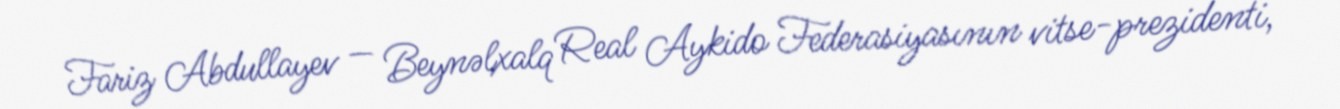
Fariz Abdullayev — Beynəlxalq Real Aykido Federasiyasının vitse-prezidenti,